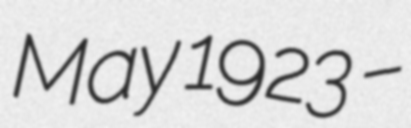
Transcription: May 1923 –